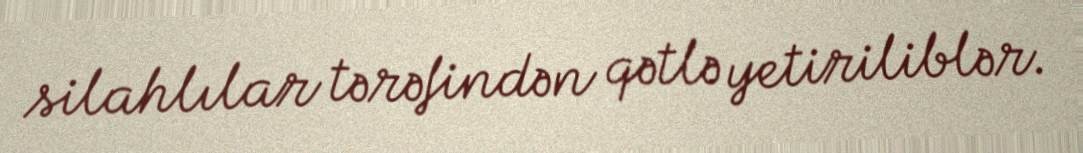
silahlılar tərəfindən qətlə yetiriliblər.